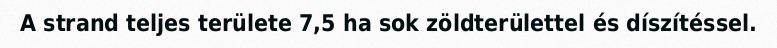
A strand teljes területe 7,5 ha sok zöldterülettel és díszítéssel.